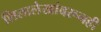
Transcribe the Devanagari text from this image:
शिलालेखांवरूनही